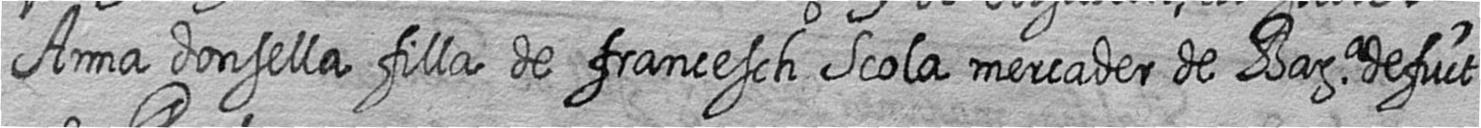
Anna donsella filla de francesch Scola mercader de Bara defuct